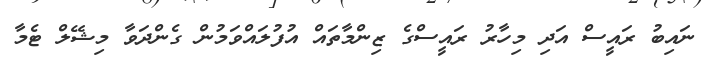
ނައިބު ރައީސް އަދި މިހާރު ރައީސްގެ ޒިންމާތައް އުފުލައްވަމުން ގެންދަވާ މިޝޭލް ޓެމާ